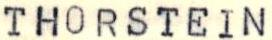
THORSTEIN